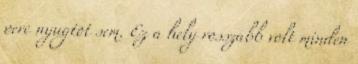
perc nyugtot sem. Ez a hely rosszabb volt minden